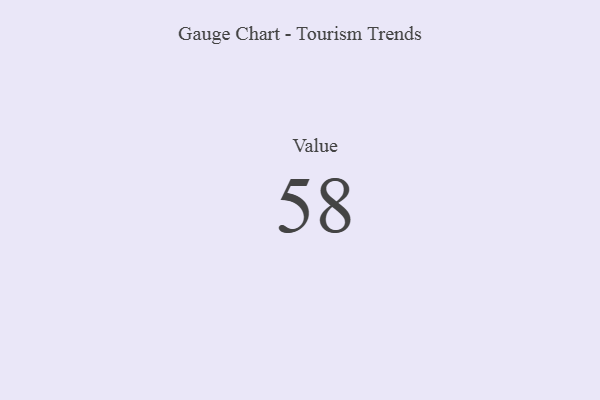
{"axis": {"x": "Metric", "y": "Value"}, "legend": [""], "data": [{"x": "Value", "y": 58, "type": ""}]}